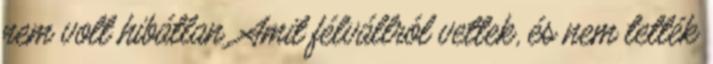
nem volt hibátlan. Amit félvállról vettek, és nem tették